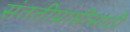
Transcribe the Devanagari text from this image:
संततीप्राप्तीसाठी